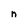
Character: n